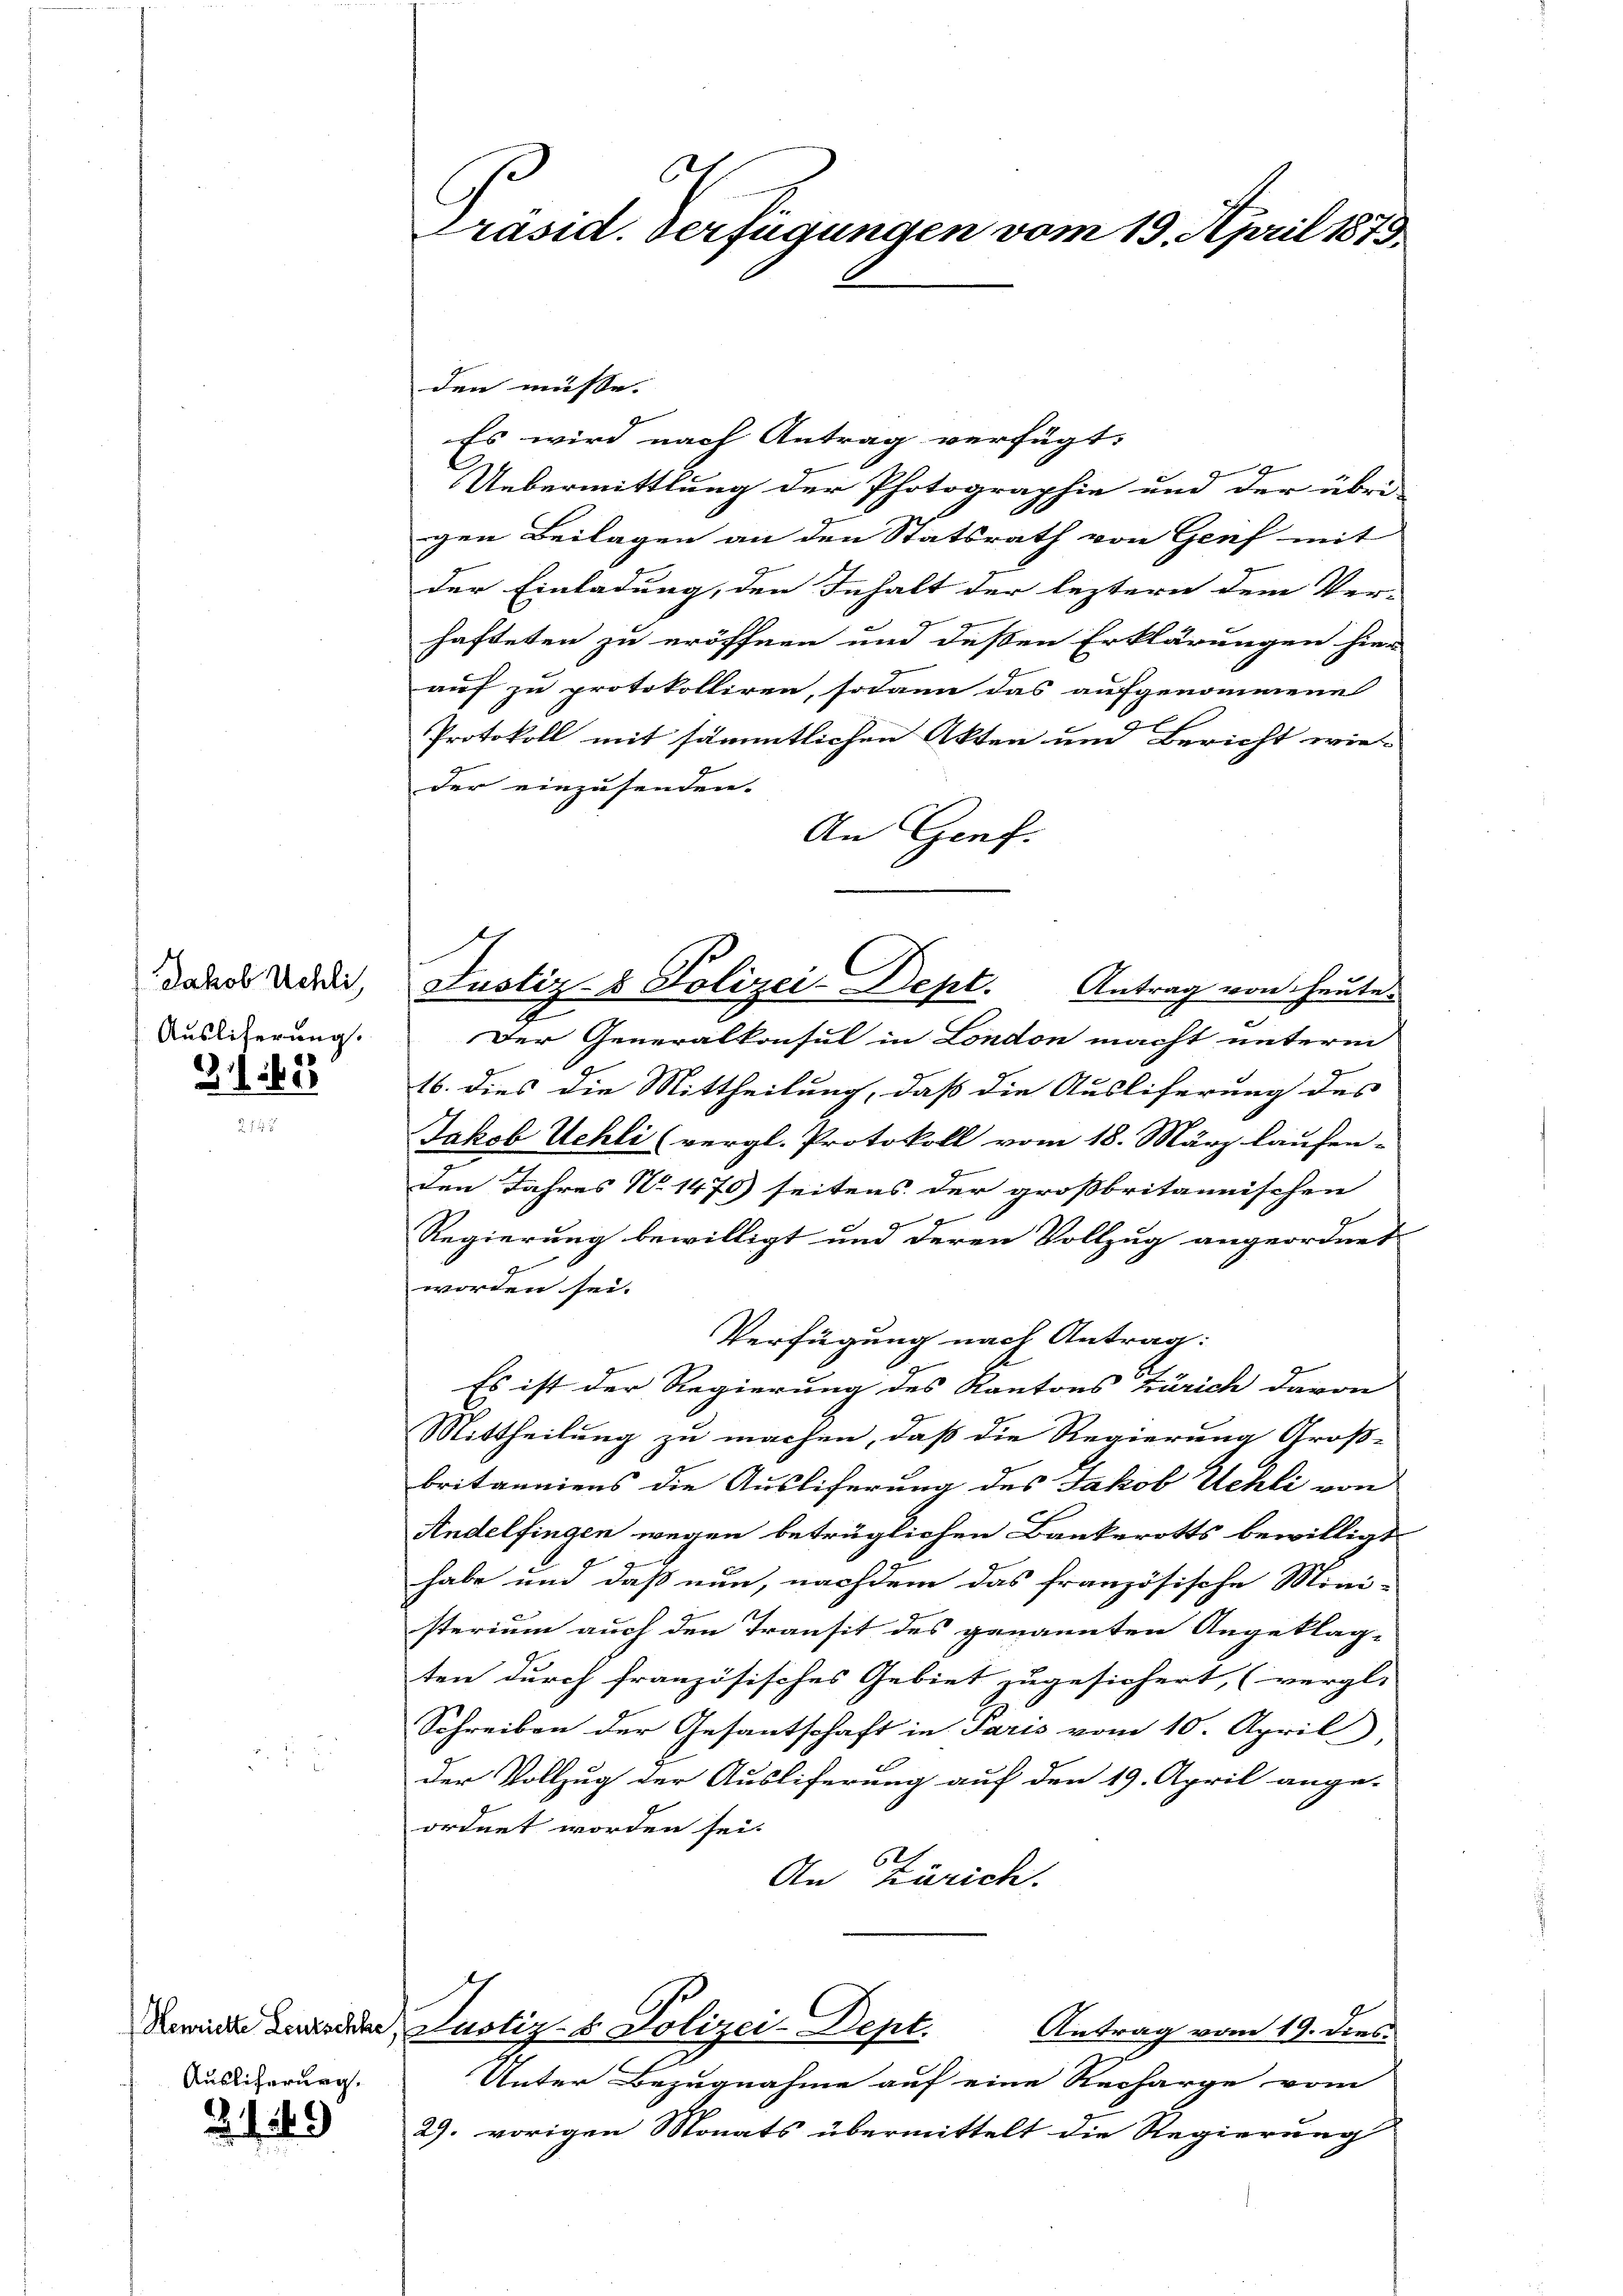
Jakob Uehli,
Ausliferung.

21. 1622

Henriette Leutschhe,
Auslicherung.

.149)

C
Präsid. Verfügungen vom 19. April 1873.

den müsse.
g
Es wird nach Antrag verfügt:
Uebermittlung der Photographie und der über
gen Beilagen an den Statsrath von Genf mit
der Einladung, den Inhalt der leztern dem Ver-
hafteten zu eröffnen und deßen Erklärungen hier
auf zu protokolliren, sodann das aufgenommene
Protokoll mit sämmtlichen Akten und Bericht wie
der einzusenden.
An Genf.
Der Generalkonsul in London macht unterm
16. dies die Mittheilung, daß die Ausliferung des
Jakob Uehli (vergl. Protokoll vom 18. März laufen-
den Jahres No 1475) seitens der großbritannischen
Regierung bewilligt und deren Vollzug angeordnet
worden sei.
Verfügung nach Antrag:
Es ist der Regierung des Kantons Zürich davon
Mittheilung zu machen, daß die Regierung Groß-
britanniens die Ausliferung des Jakob Uehli von
Andelfingen wegen betrüglichen Bankerotts bewilligt
habe und daß nun, nachdem das französische Mini-
sterium auch den Transit des genannten Angeklag-
ten durch französisches Gebiet zugesichert, (vergl.
Schreiben der Gesantschaft in Paris vom 10. April
der Vollzug der Ausliferung auf den 19. April ange-
ordnet worden sei.
64
An Zürich.
Justiz- & Polizei-Dept.
Antrag vom 19. dies
Unter Bezugnahme auf eine Recharge vom
29. vorigen Monats übermittelt die Regierung

Justiz- & Polizei-Dept. Antrag von heute